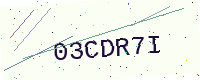
Text: 03CDR7I